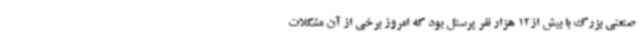
صنعتی بزرگ با بیش از12 هزار نفر پرسنل بود که امروز برخی از آن مشکلات